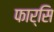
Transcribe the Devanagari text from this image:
फार्सि